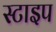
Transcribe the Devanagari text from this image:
स्टाइप